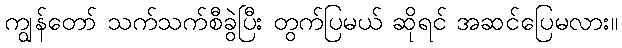
ကျွန်တော် သက်သက်စီခွဲပြီး တွက်ပြမယ် ဆိုရင် အဆင်ပြေမလား။